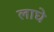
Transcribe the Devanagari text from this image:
लाघे